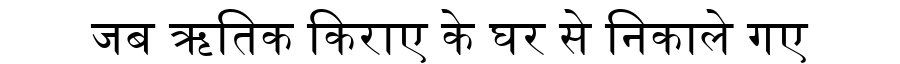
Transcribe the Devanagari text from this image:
जब ऋतिक किराए के घर से निकाले गए